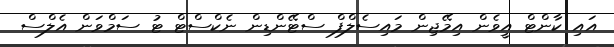
އައި ކާންޓް އީވެން އިމޭޖިން މައިސެލްފް ސްޓޭންޑިން ނެކްސްޓް ޓު ސަމްވަން އެލްސް